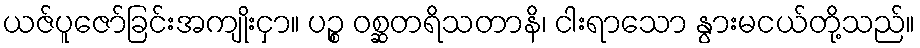
ယဇ်ပူဇော်ခြင်းအကျိုးငှာ။ ပဉ္စ ဝစ္ဆတရိသတာနိ၊ ငါးရာသော နွားမငယ်တို့သည်။